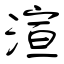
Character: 渲